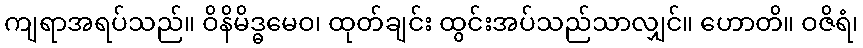
ကျရာအရပ်သည်။ ဝိနိမိဒ္ဓမေဝ၊ ထုတ်ချင်း ထွင်းအပ်သည်သာလျှင်။ ဟောတိ။ ဝဇိရံ၊